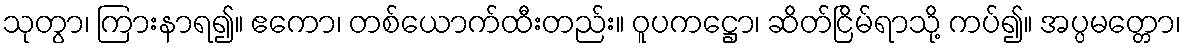
သုတွာ၊ ကြားနာရ၍။ ဧကော၊ တစ်ယောက်ထီးတည်း။ ဝူပကဋ္ဌော၊ ဆိတ်ငြိမ်ရာသို့ ကပ်၍။ အပ္ပမတ္တော၊